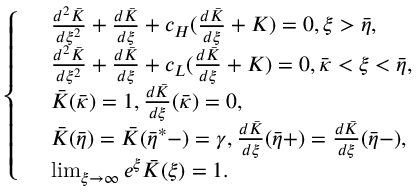
\left\{ \begin{array} { r l } & { \frac { d ^ { 2 } \bar { K } } { d \xi ^ { 2 } } + \frac { d \bar { K } } { d \xi } + c _ { H } ( \frac { d \bar { K } } { d \xi } + K ) = 0 , \xi > \bar { \eta } , } \\ & { \frac { d ^ { 2 } \bar { K } } { d \xi ^ { 2 } } + \frac { d \bar { K } } { d \xi } + c _ { L } ( \frac { d \bar { K } } { d \xi } + K ) = 0 , \bar { \kappa } < \xi < \bar { \eta } , } \\ & { \bar { K } ( \bar { \kappa } ) = 1 , \frac { d \bar { K } } { d \xi } ( \bar { \kappa } ) = 0 , } \\ & { \bar { K } ( \bar { \eta } ) = \bar { K } ( \bar { \eta } ^ { * } - ) = \gamma , \frac { d \bar { K } } { d \xi } ( \bar { \eta } + ) = \frac { d \bar { K } } { d \xi } ( \bar { \eta } - ) , } \\ & { \operatorname* { l i m } _ { \xi \rightarrow \infty } e ^ { \xi } \bar { K } ( \xi ) = 1 . } \end{array} \right.